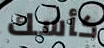
كأسك